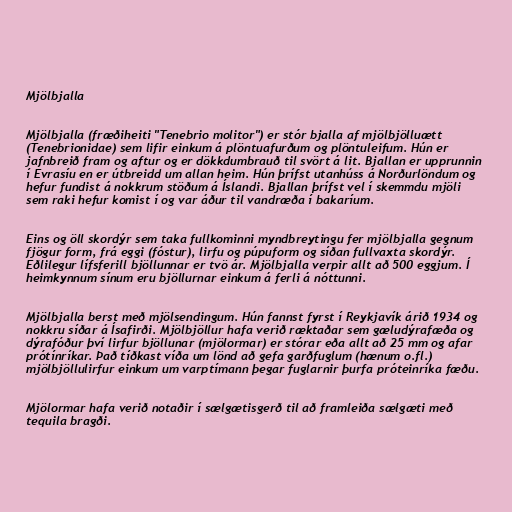
Mjölbjalla

Mjölbjalla (fræðiheiti "Tenebrio molitor") er stór bjalla af mjölbjölluætt
(Tenebrionidae) sem lifir einkum á plöntuafurðum og plöntuleifum. Hún er
jafnbreið fram og aftur og er dökkdumbrauð til svört á lit. Bjallan er upprunnin
í Evrasíu en er útbreidd um allan heim. Hún þrífst utanhúss á Norðurlöndum og
hefur fundist á nokkrum stöðum á Íslandi. Bjallan þrífst vel í skemmdu mjöli
sem raki hefur komist í og var áður til vandræða í bakaríum.

Eins og öll skordýr sem taka fullkominni myndbreytingu fer mjölbjalla gegnum
fjögur form, frá eggi (fóstur), lirfu og púpuform og síðan fullvaxta skordýr.
Eðlilegur lífsferill bjöllunnar er tvö ár. Mjölbjalla verpir allt að 500 eggjum. Í
heimkynnum sínum eru bjöllurnar einkum á ferli á nóttunni.

Mjölbjalla berst með mjölsendingum. Hún fannst fyrst í Reykjavík árið 1934 og
nokkru síðar á Ísafirði. Mjölbjöllur hafa verið ræktaðar sem gæludýrafæða og
dýrafóður því lirfur bjöllunar (mjölormar) er stórar eða allt að 25 mm og afar
prótínríkar. Það tíðkast víða um lönd að gefa garðfuglum (hænum o.fl.)
mjölbjöllulirfur einkum um varptímann þegar fuglarnir þurfa próteinríka fæðu.

Mjölormar hafa verið notaðir í sælgætisgerð til að framleiða sælgæti með
tequila bragði.